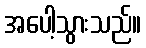
အပေါ့သွားသည်။